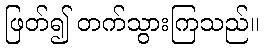
ဖြတ်၍ တက်သွားကြသည်။